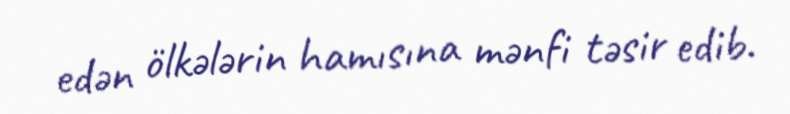
edən ölkələrin hamısına mənfi təsir edib.